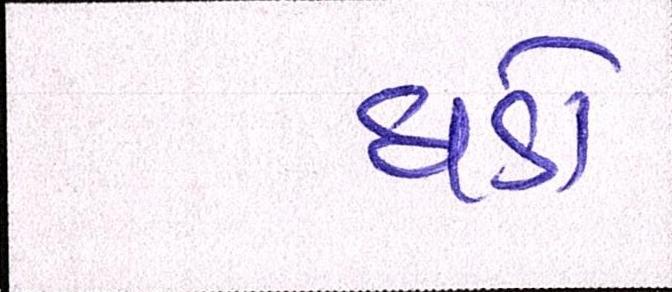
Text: ધડો